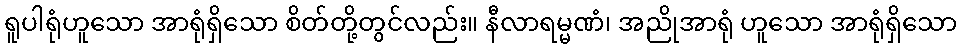
ရူပါရုံဟူသော အာရုံရှိသော စိတ်တို့တွင်လည်း။ နီလာရမ္မဏံ၊ အညိုအာရုံ ဟူသော အာရုံရှိသော